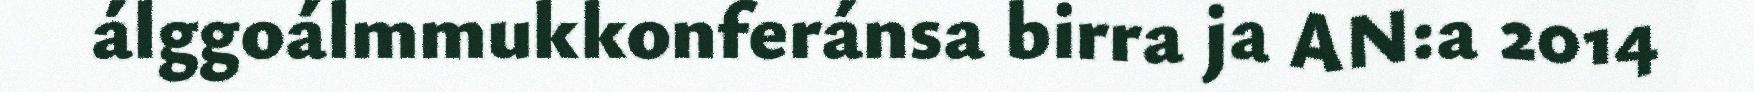
álggoálmmukkonferánsa birra ja AN:a 2014